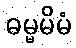
ဓမ္မမိမံ